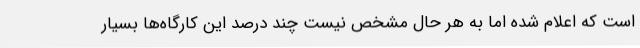
است که اعلام شده اما به هر حال مشخص نیست چند درصد این کارگاه‌ها بسیار